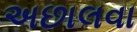
અછાલવા